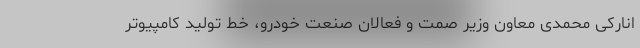
انارکی محمدی معاون وزیر صمت و فعالان صنعت خودرو، خط تولید کامپیوتر